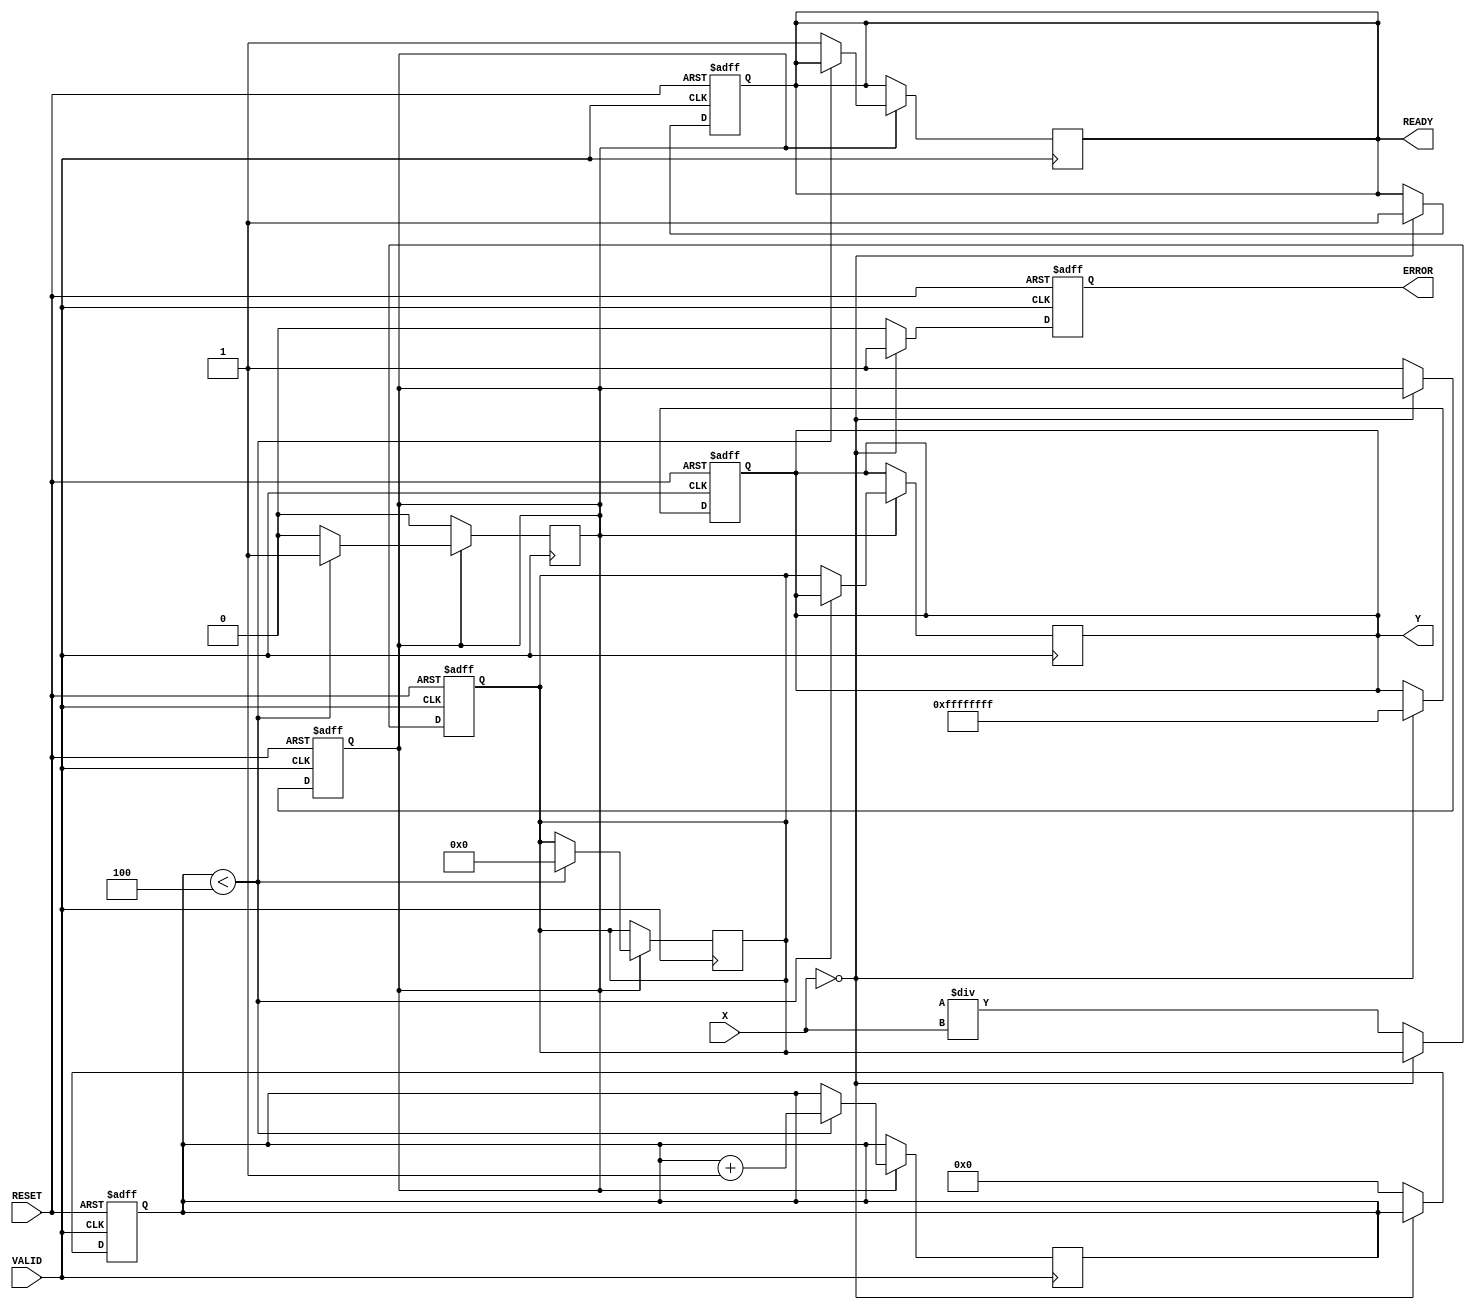
module ReciprocalUnit #(
    parameter DATA_WIDTH = 32, // Width of the input and output
    parameter ERROR_VALUE = 32'hFFFFFFFF // Error value to represent division by zero
)(
    input wire [DATA_WIDTH-1:0] X,    // Input Data
    input wire VALID,                   // Valid Signal
    input wire RESET,                   // Reset Signal
    output reg [DATA_WIDTH-1:0] Y,     // Reciprocal Output
    output reg READY,                   // Ready Signal
    output reg ERROR                    // Error Signal
);

    reg [DATA_WIDTH-1:0] input_data;
    reg [3:0] iteration; // Counter for Newton-Raphson iterations
    reg [DATA_WIDTH-1:0] approx; // Current approximation of the reciprocal
    reg processing; // Processing state

    // State machine for processing
    always @(posedge RESET or posedge VALID) begin
        if (RESET) begin
            Y <= 0;
            READY <= 0;
            ERROR <= 0;
            iteration <= 0;
            approx <= 0;
            processing <= 0;
        end else if (VALID) begin
            if (X == 0) begin
                // Division by zero error
                Y <= ERROR_VALUE;
                ERROR <= 1;
                READY <= 1;
            end else begin
                // Start processing
                input_data <= X;
                approx <= (1 << DATA_WIDTH) / X; // Initial approximation
                iteration <= 0;
                processing <= 1;
                ERROR <= 0;
            end
        end
    end

    // Newton-Raphson iterative approximation
    always @(posedge VALID) begin
        if (processing) begin
            if (iteration < 4) begin // Limit iterations for convergence
                approx <= approx * (2 - input_data * approx) >> (DATA_WIDTH); // Update approximation
                iteration <= iteration + 1;
            end else begin
                Y <= approx; // Output the result
                READY <= 1;
                processing <= 0; // End processing
            end
        end
    end

endmodule